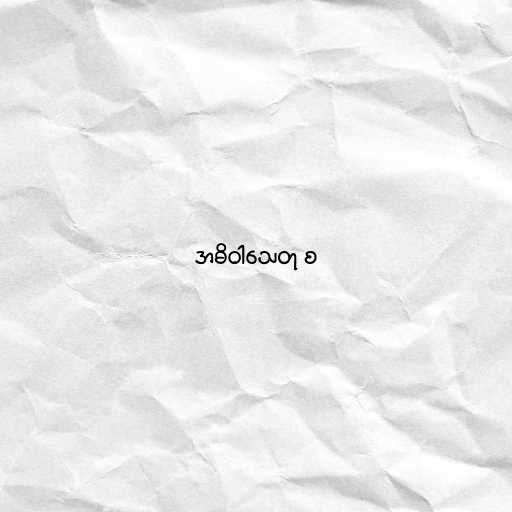
အဓိဝါသေတု စ